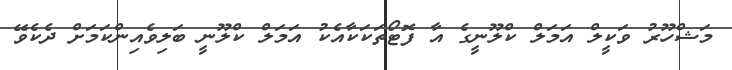
މަޝްހޫރު ވަކީލް އަމަލް ކްލޫނީގެ އާ ފޮޓޯތަކަކާއެކު އަމަލް ކްލޫނީ ބަލިވެއިންކަމަށް ދެކެވޭ